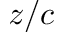
z / c